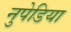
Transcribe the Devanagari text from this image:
नुपेडिया